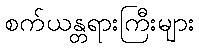
စက်ယန္တရားကြီးများ